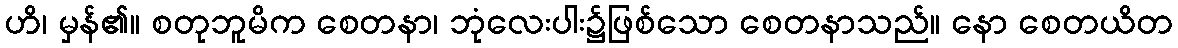
ဟိ၊ မှန်၏။ စတုဘူမိက စေတနာ၊ ဘုံလေးပါး၌ဖြစ်သော စေတနာသည်။ နော စေတယိတ